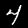
Label: 4